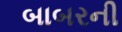
બાબરની